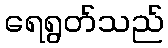
ရေရွတ်သည်